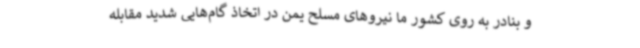
و بنادر به روی کشور ما نیروهای مسلح یمن در اتخاذ گام‌هایی شدید مقابله